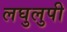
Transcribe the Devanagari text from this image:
लघुलुपी